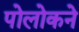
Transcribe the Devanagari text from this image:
पोलोकने